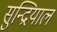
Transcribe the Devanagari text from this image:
सुन्द्रियाल